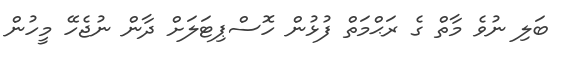
ބަލި ނުވެ މާތް ގެ ރަޙްމަތް ފުޅުން ހޮސްޕިޓަލަށް ދާން ނުޖެހޭ މީހުން